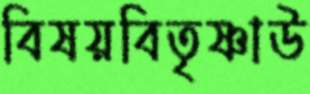
বিষয়বিতৃষ্ণাউ